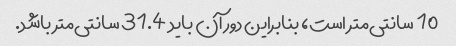
10 سانتی‌متر است، بنابراین دور آن باید 31.4 سانتی‌متر باشد.